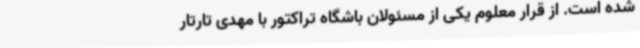
شده است. از قرار معلوم یکی از مسئولان باشگاه تراکتور با مهدی تارتار